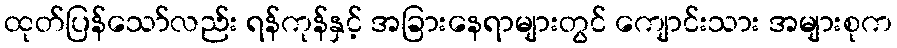
ထုတ်ပြန်သော်လည်း ရန်ကုန်နှင့် အခြားနေရာများတွင် ကျောင်းသား အများစုက